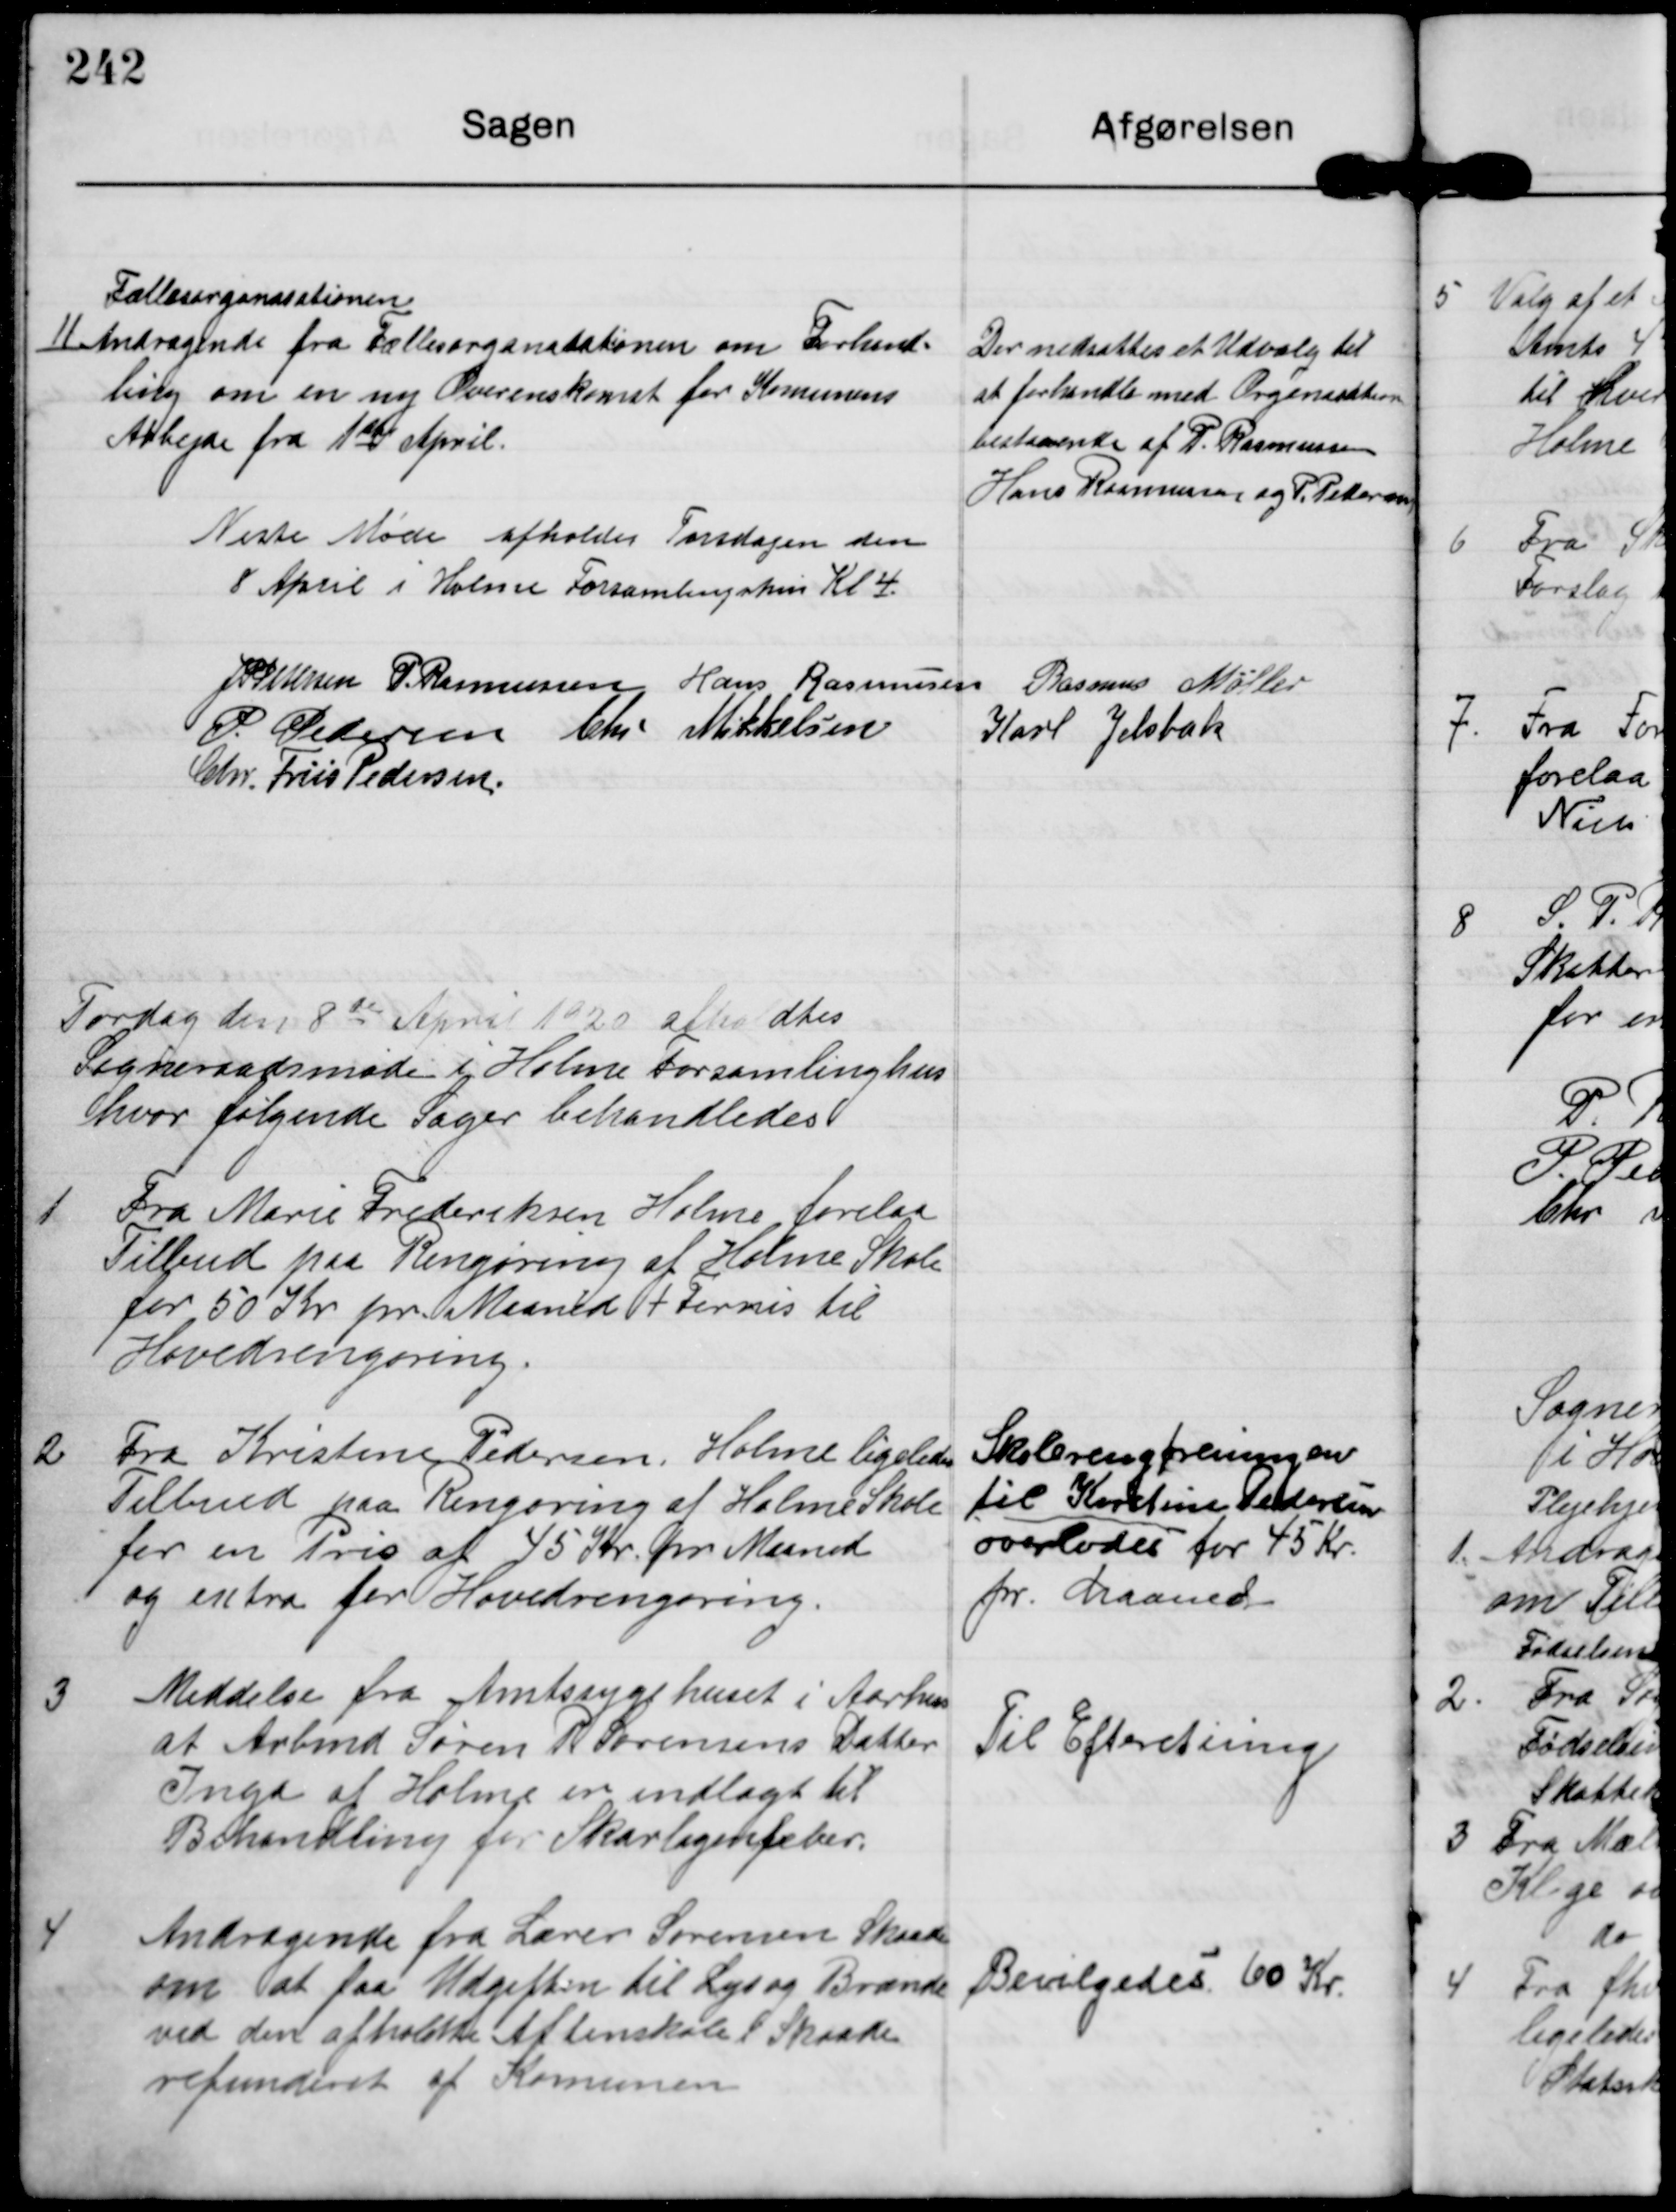
Transskription:
Fællesorganisationen
11 Andragende fra Fællesorganisationen om Forhand-
ling om en ny Overenskomst for Komunens
Arbejde fra 1st April.

Der nedsattes et Udvalg til
at forhandle med Organisationen
bestaaende af P Rasmussen
Hans Rasmussen og P Pedersen

Næste Møde afholdes Torsdagen den
8 April i Holme Forsamlingshus Kl 4

J P Pedersen P Rasmussen Hans Rasmussen Rasmus Møller
P Pedersen Chr Mikkelsen Karl Jelsbak
Chr. Friis Pedersen

Tordag den 8de April 1920 afholdtes
Sogneraadsmøde i Holme Forsamlinghus
hvor følgende Sager behandledes

1

Fra Marie Frederiksen Holme forelaa
Tilbud paa Rengøring af Holme Skole
for 50 Kr pr Maaned + Fernis til
Hovedrengøring

2

Fra Kristine Pedersen Holme ligelede
Tilbud paa Rengøring af Holme Skole
for en Pris af 45 Kr pr Maaned
og extra for Hovedrengøring.

Skolerengøreringen
til Kirstine Pedersen
overlodes for 45 Kr
pr Maaned

3

Meddelse fra Amtssygehuset i Aarhus
at Arbmd Søren R Sørensens Datter
Inga af Holme er indlagt til
Behandling for Skarlagenfeber

Til Efteretning.

4

Andragende fra Lærer Sørensen Skaade
om at faa Udgiften til Lys og Brænde
ved den afholdte Aftenskole i Skaade
refunderet af Komunen

Bevilgedes 60 Kr